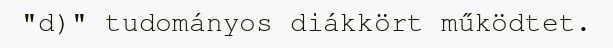
"d)" tudományos diákkört működtet.